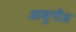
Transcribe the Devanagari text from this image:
आबुगौड